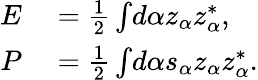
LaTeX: \begin{array}{rl}{E}&{{}=\frac{1}{2}\int\! d\alpha z_{\alpha}z_{\alpha}^{*},}\\ {P}&{{}=\frac{1}{2}\int\! d\alpha s_{\alpha}z_{\alpha}z_{\alpha}^{*}.}\end{array}